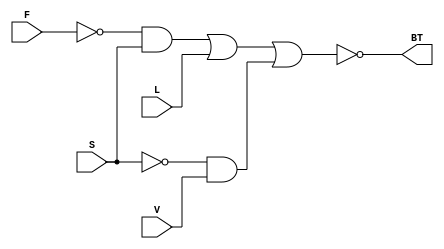
module controlador(
	//input switch,
	input V,
	input S,
	input F,
	input L,
	output BT
	
);


assign BT = ~((~F & S) | L | (~S & V));

/*
wire not_F;
wire not_S;
wire not_V;

assign not_F = ~F;
assign not_S = ~S;
assign not_V = ~V;

wire term1, term2, term3, term4;

assign term1 = not_F & S;
assign term2 = not_S & V;
assign term3 = term1 | L;
assign term4 = term3 | term2;

assign BT = term4;
*/
			 

endmodule